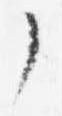
了